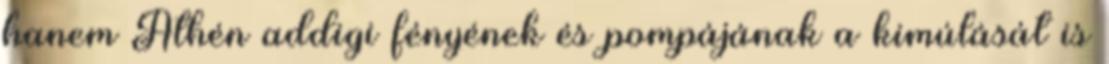
hanem Athén addigi fényének és pompájának a kimúlását is